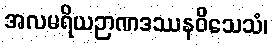
အလမရိယဉာဏဒဿနဝိသေသံ၊